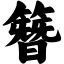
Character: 簪